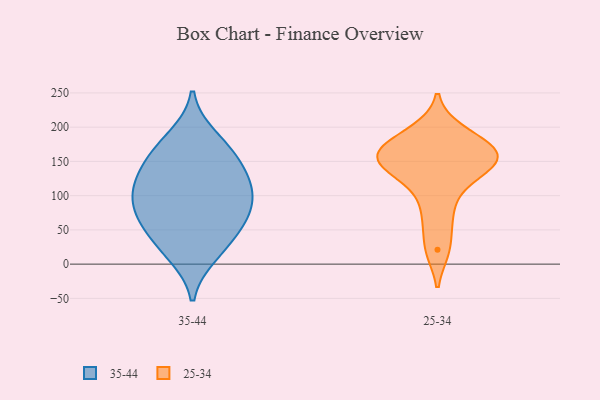
{"axis": {"x": "LTV (USD)", "y": "Value"}, "legend": ["25-34", "35-44"], "data": [{"x": "", "y": 156, "type": "35-44"}, {"x": "", "y": 165, "type": "35-44"}, {"x": "", "y": 63, "type": "35-44"}, {"x": "", "y": 88, "type": "35-44"}, {"x": "", "y": 134, "type": "35-44"}, {"x": "", "y": 185, "type": "35-44"}, {"x": "", "y": 121, "type": "35-44"}, {"x": "", "y": 26, "type": "35-44"}, {"x": "", "y": 14, "type": "35-44"}, {"x": "", "y": 72, "type": "35-44"}, {"x": "", "y": 108, "type": "35-44"}, {"x": "", "y": 55, "type": "35-44"}, {"x": "", "y": 104, "type": "35-44"}, {"x": "", "y": 165, "type": "25-34"}, {"x": "", "y": 158, "type": "25-34"}, {"x": "", "y": 143, "type": "25-34"}, {"x": "", "y": 176, "type": "25-34"}, {"x": "", "y": 194, "type": "25-34"}, {"x": "", "y": 110, "type": "25-34"}, {"x": "", "y": 21, "type": "25-34"}, {"x": "", "y": 142, "type": "25-34"}, {"x": "", "y": 155, "type": "25-34"}, {"x": "", "y": 68, "type": "25-34"}]}